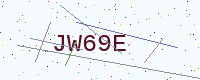
Text: JW69E